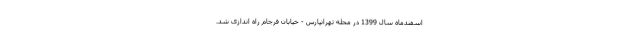
اسفندماه سال 1399 در محله تهرانپارس - خیابان فرجام راه اندازی شد.